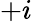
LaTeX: +i